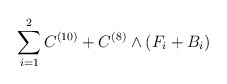
\begin{align*}\sum_{i=1}^{2} C^{(10)} + C^{(8)} \wedge (F_i + B_i)\end{align*}